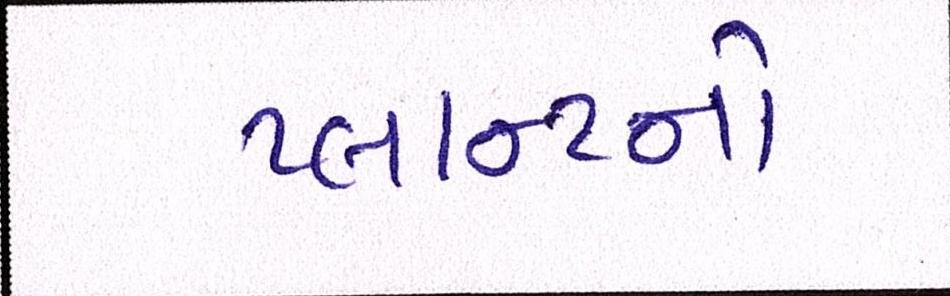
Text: પ્લાન્ટનો